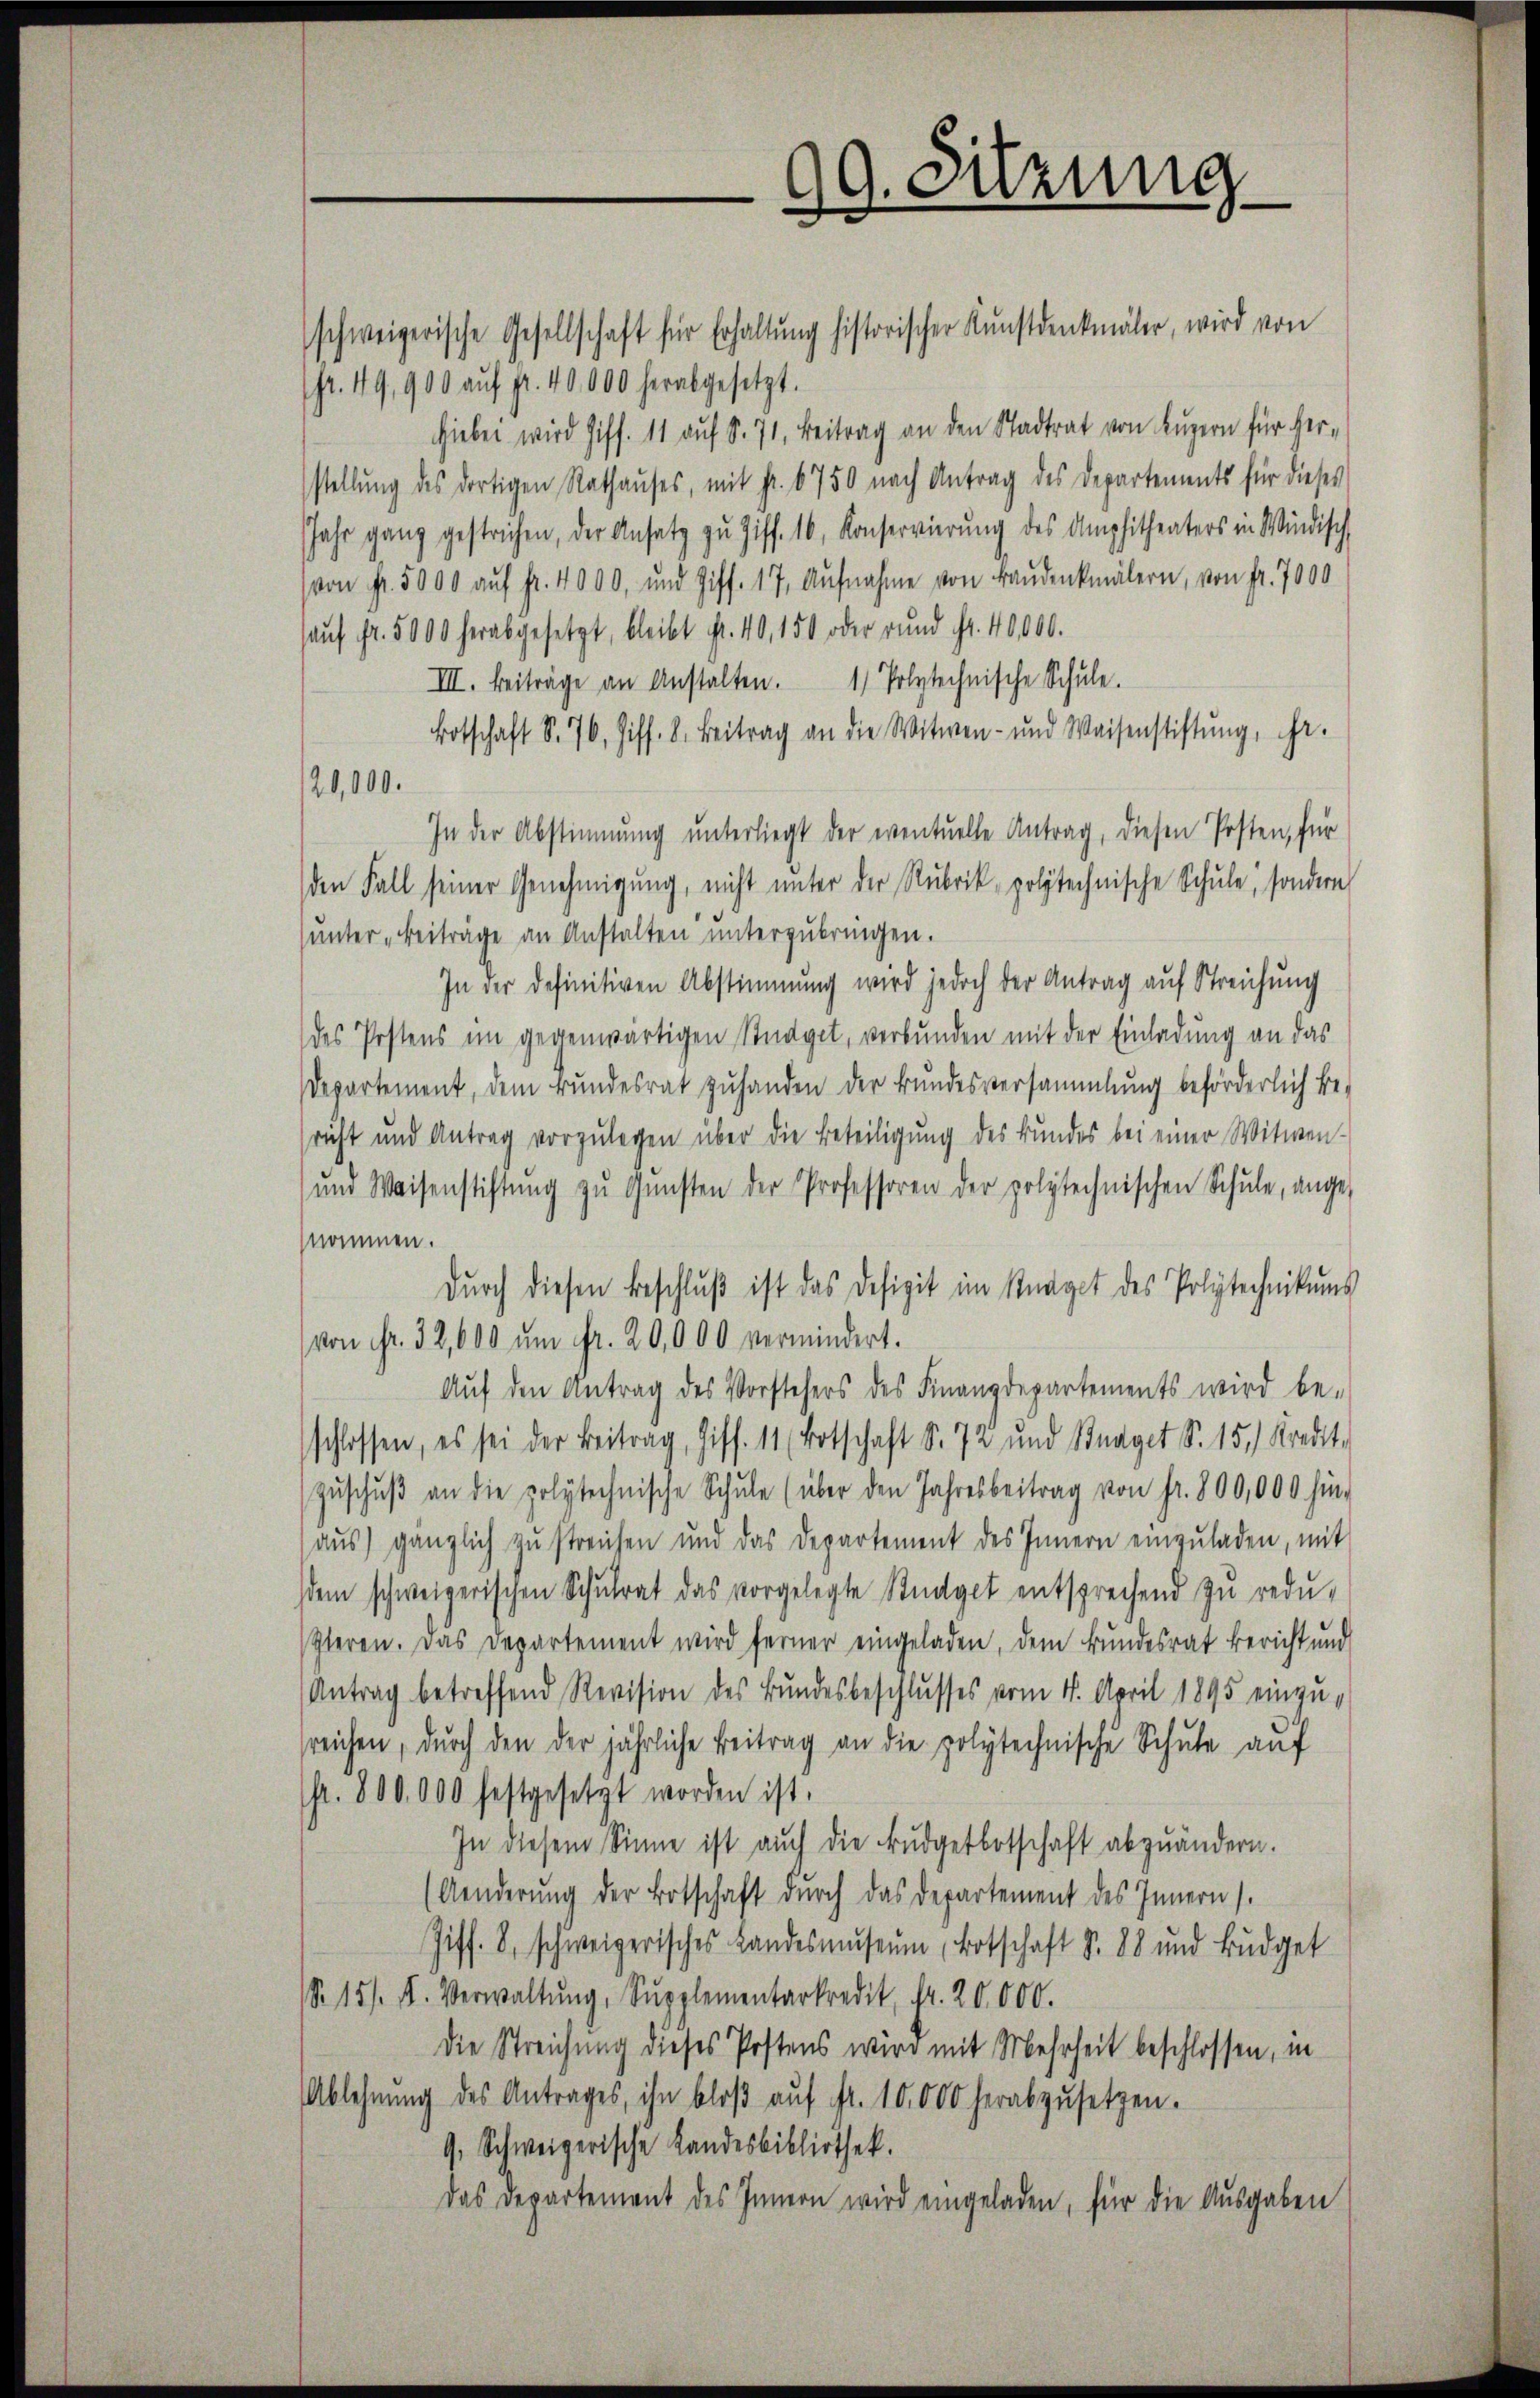
schweizerische Gesellschaft für Erhaltŭng historischer Kunstdenkmäler, wird von
fr. 49, 900 aŭf fr. 40,000 herabgesetzt.
hiebei wird Ziff. 11 auf S. 71. Beitrag an den Stadtrat von Luzern für her-
stellung des dortigen Rathauses, mit Fr. 6750 nach Antrag des Departements für dieses
Jahr ganz gestrichen, der Ansatz zŭ Ziff. 16, Konservierŭng des Amphitheaters in Windisch
(von Fr. 5000 auf Fr. 4000, und Ziff. 17. Aŭfnahme von Baudenkmälern, von Fr. 7000
haŭf fr. 5000 herabgesetzt, bleibt Fr. 40, 150 oder rund Fr. 40,000.
III. Beiträge an Anstalten. 1 Polytechnische Schŭle.
Botschaft S. 76, Ziff. 8. Beitrag an die Witwen- und Waisenstiftŭng, ihr.
20,000.
In der Abstimmung unterliegt der eventuelle Antrag, diesen Posten, für
den Fall seiner Genehmigung, nicht unter der Rubrik polytechnische Schule, sondern
(unter „Beiträge an Anstalten unterzubringen.
In der definitiven Abstimmung wird jedoch der Antrag auf Streichung
des Postens im gegenwärtigen Studget, verbunden mit der Einladung an das
departement, dem Bundesrat zŭ handen der Bundesversammlung beförderlich be-
sricht und Antrag vorzŭlegen über die Beteiligung des Bundes bei einer Witwen-
ŭnd Weisenstiftŭng zŭ Gŭnsten der Professoren der polytechnischen Schŭle, ange-
nommen.
dŭrch diesen Beschlŭβ ist das Defizit im Straget des Polytechnikums
von Fr. 32, 600 ŭm Fr. 20,000 vermindert.
Aŭf den Antrag des Vorstehers des Finanzdepartements wird be-
schlossen, es sei der Beitrag, Ziff. 11 (Botschaft S. 72 und Straget S. 15. Kredit
zŭschŭβ an die polytechnische Schŭle (über den Jahresbeitrag von fr. 800,000 hin-
aŭs) gänzlich zu streichen und das Departement des Innern einzŭladen, mit
sdem schweizerischen Schŭlrat das vorgelegte Studget entsprechend zŭ redŭ-
Gleren. Das Departement wird ferner eingeladen, dem Bundesrat bericht und
Antrag betreffend Revision des Bundesbeschlusses vom 11. April 1895 einzusreichen, durch den der jährliche Beitrag an die polytechnische Schule auf
fr. 800,000 festgesetzt worden ist.
In diesem Sinne ist auch die Budgetbotschaft abzuändern.
(Aenderŭng der Botschaft durch das Departement des Innern.
Ziff. 8, schweizerisches Landesmŭseŭm Botschaft S. 88 und Bŭdget
S. 151. f. Verwaltŭng, Supplementarkredit fr. 20,000.
Die Streichung dieses Postens wird mit Mehrheit beschlossen, in
Ablehnung des Antrages, ihn bloß auf Fr. 10,000 herabzusetzen.
9. Schweizerische Landesbibliothek.
das Departement des Innern wird eingeladen, für die Ausgaben

99. Sitzung